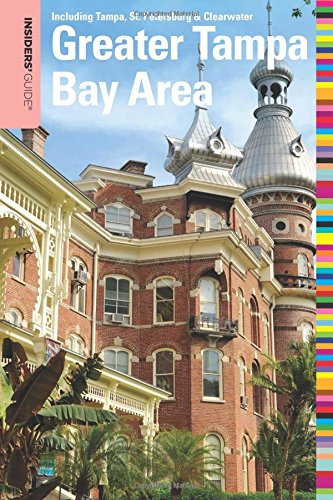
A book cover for Insiders' GuideÂ® to the Greater Tampa Bay Area: Including Tampa, St. Petersburg, & Clearwater (Insiders' Guide Series); Anne Anderson; Travel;